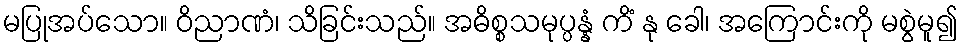
မပြုအပ်သော။ ဝိညာဏံ၊ သိခြင်းသည်။ အဓိစ္စသမုပ္ပန္နံ ကိံ နု ခေါ၊ အကြောင်းကို မစွဲမူ၍